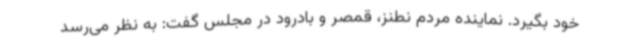
خود بگیرد. نماینده مردم نطنز، قمصر و بادرود در مجلس گفت: به نظر می‌رسد